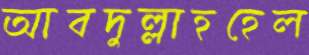
আবদুল্লাহহেল